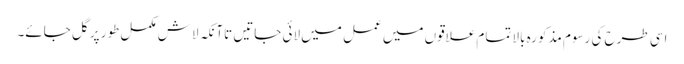
اسی طرح کی رسوم مذکورہ بالا تمام علاقوں میں عمل میں لائی جاتیں تاآنکہ لاش مکمل طور پر گل جائے۔